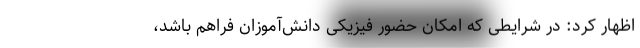
اظهار کرد: در شرایطی که امکان حضور فیزیکی دانش‌آموزان فراهم باشد،